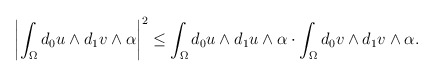
\begin{align*}\begin{aligned}\left|\int_{\Omega}d_0 u\wedge d_1 v\wedge\alpha\right|^2\leq \int_{\Omega}d_0 u\wedge d_1 u\wedge\alpha\cdot \int_{\Omega}d_0 v\wedge d_1 v\wedge\alpha.\end{aligned}\end{align*}